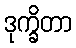
ဒုက္ခိတာ